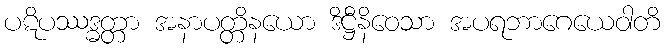
ပဋိပဿဒ္ဓတ္တာ အနာပတ္တိနယော ဒိဋ္ဌီနိဝေသာ အပရဘာဂေယေဝါတိ